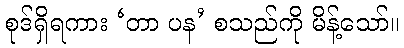
စုဒ်ရှိရကား ‘တာ ပန’ စသည်ကို မိန့်သော်။